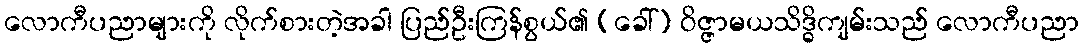
လောကီပညာများကို လိုက်စားတဲ့အခါ ပြည်ဦးကြန်စွယ်၏ (ခေါ်) ဝိဇ္ဇာမယသိဒ္ဓိကျမ်းသည် လောကီပညာ